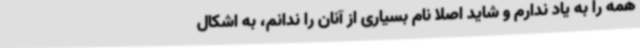
همه را به یاد ندارم و شاید اصلا نام بسیاری از آنان را ندانم، به اشکال